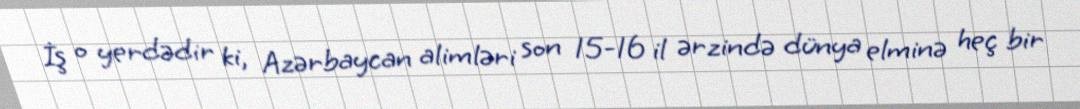
İş o yerdədir ki, Azərbaycan alimləri son 15-16 il ərzində dünya elminə heç bir